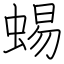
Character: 蜴